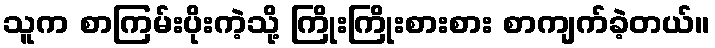
သူက စာကြမ်းပိုးကဲ့သို့ ကြိုးကြိုးစားစား စာကျက်ခဲ့တယ်။